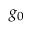
g _ { 0 }